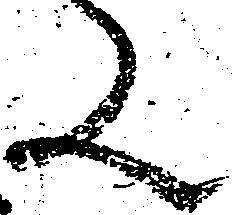
又